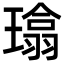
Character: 𪼜